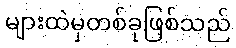
များထဲမှတစ်ခုဖြစ်သည်